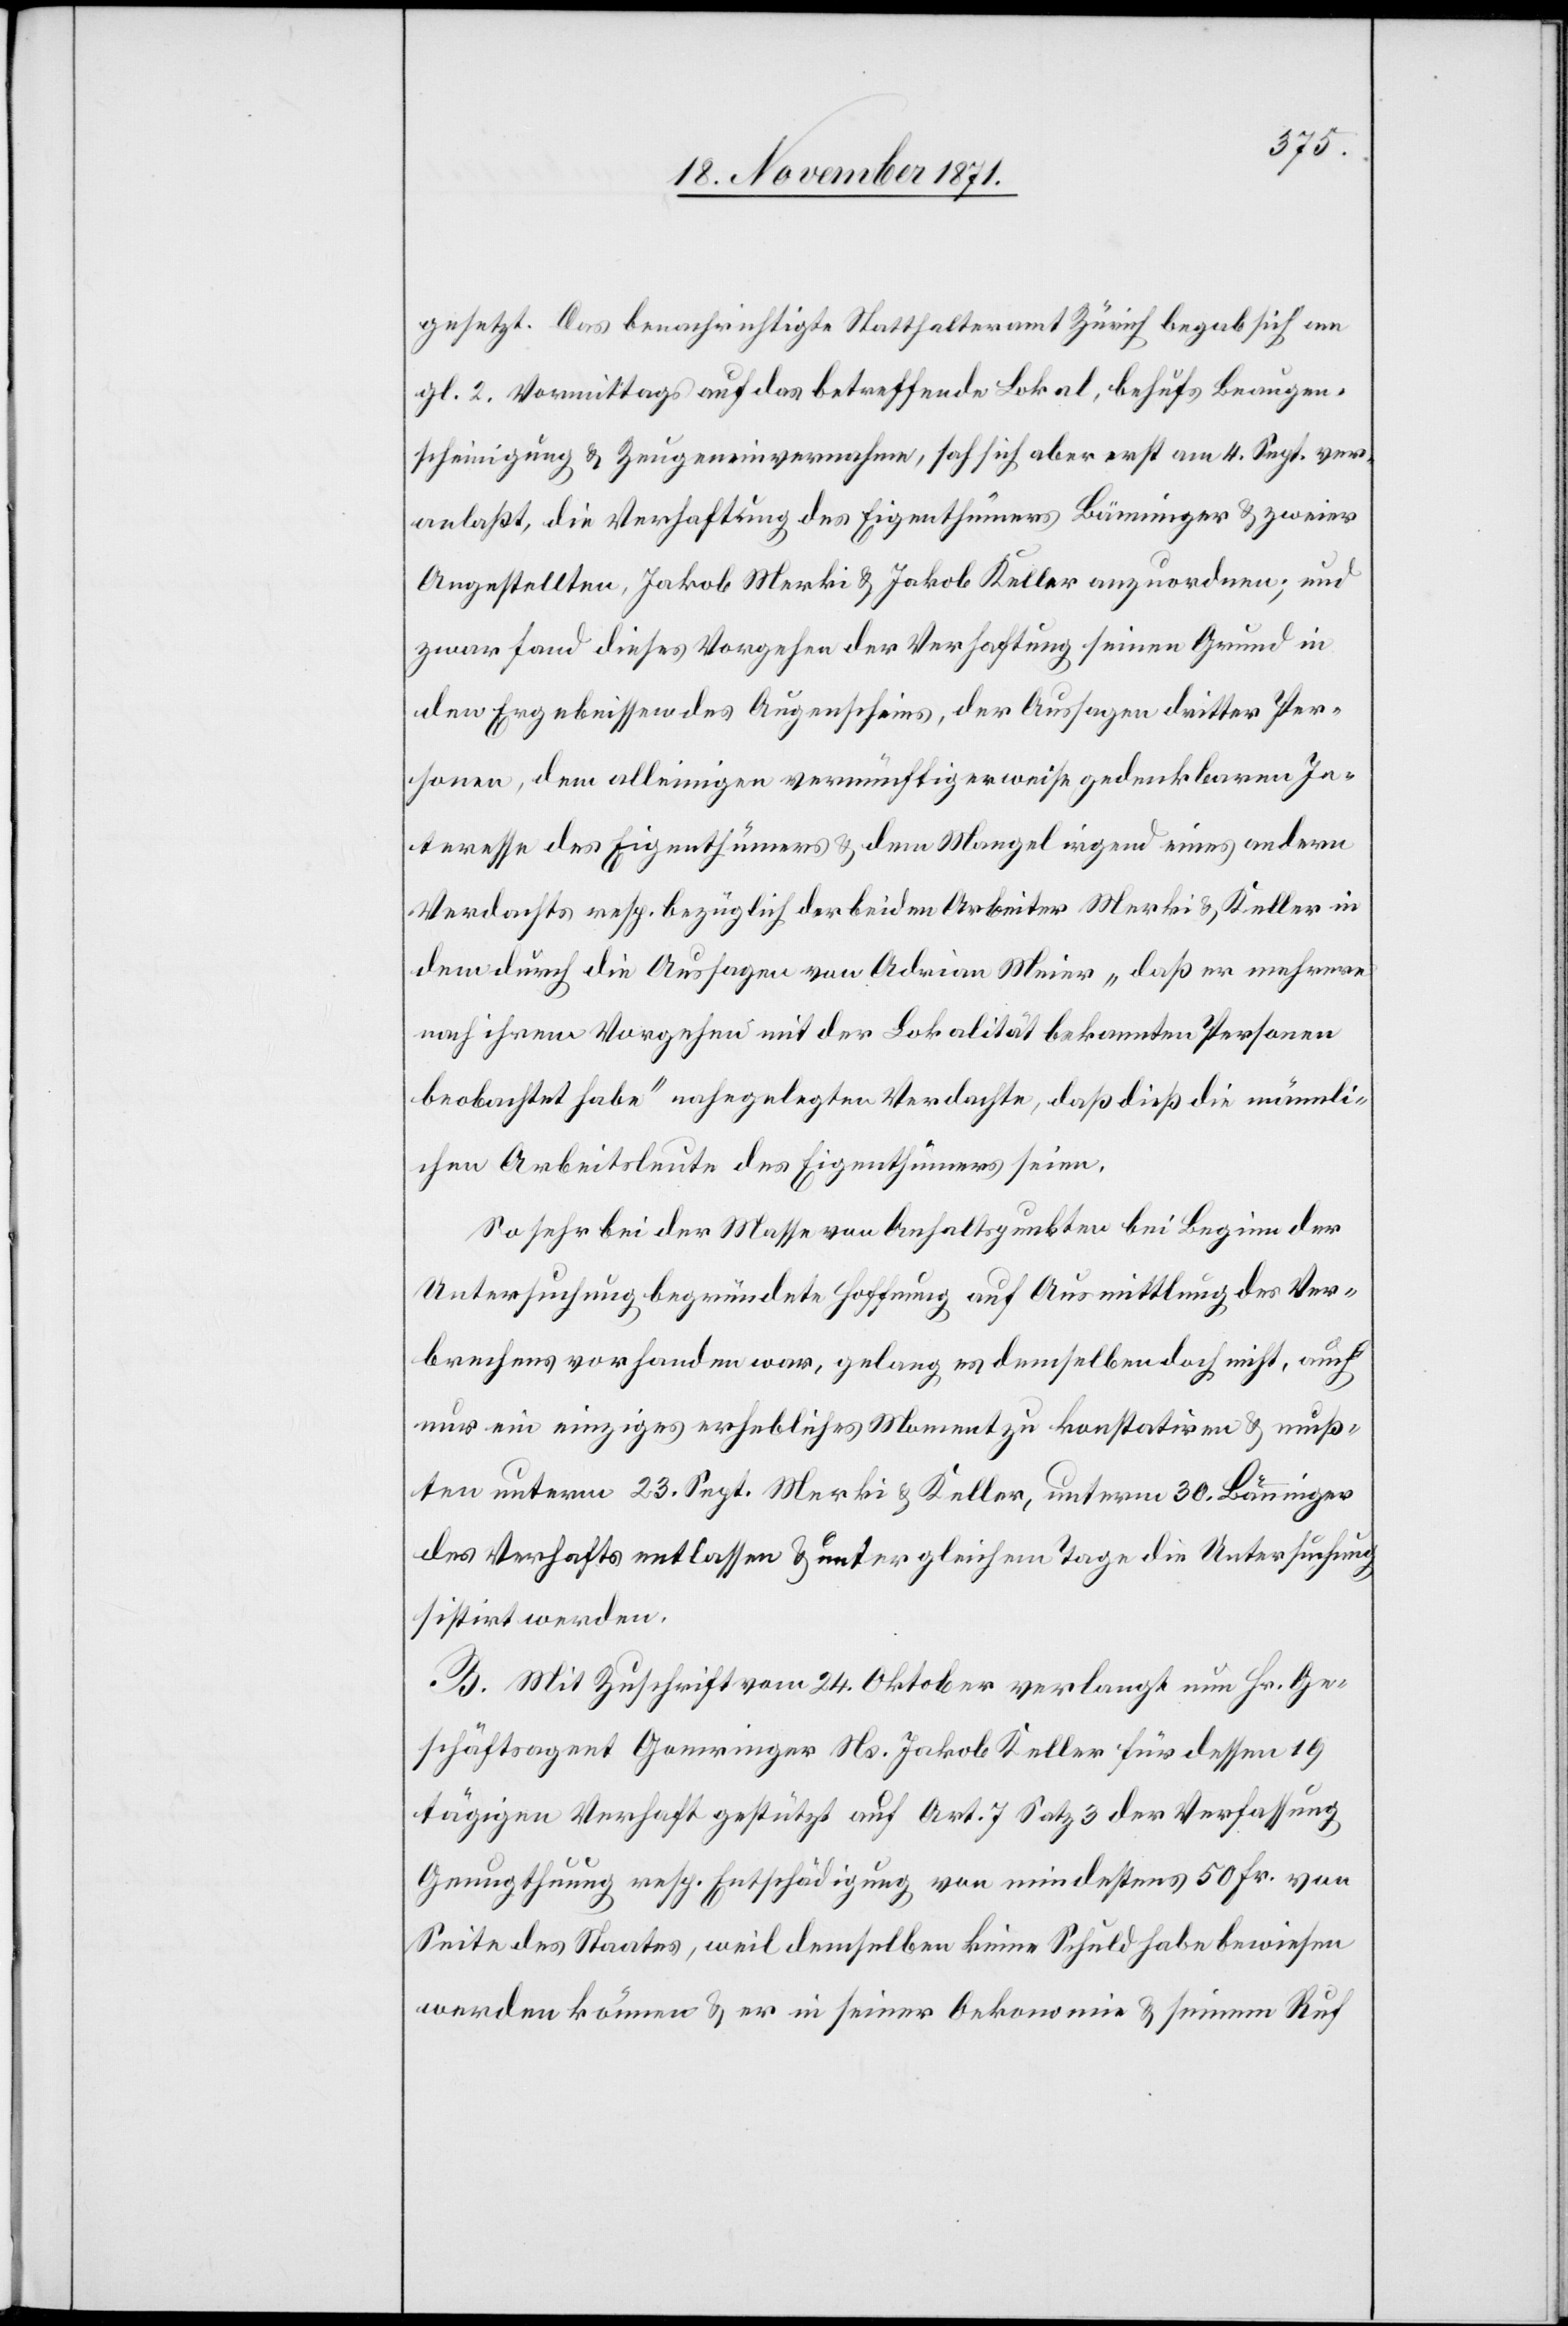
gesetzt. Das benachrichtigte Statthalteramt Zürich begab sich am
gl. 2. vormittags auf das betreffende Lokal, behufs Beaugen¬
scheinigung & Zeugeneinvernahme, sah sich aber erst am 4. Sept. ver¬
anlaßt, die Verhaftung des Eigenthümers Bänninger & zweier
Angestellter, Jakob Merki & Jakob Keller anzuordnen; und
zwar fand dieses Vorgehen der Verhaftung seinen Grund in
dem Ergebnisse des Augenscheins, der Aussagen dritter Per¬
sonen, dem alleinigen vernünftigerweise gedenkbaren In¬
teresse des Eigenthümers & dem Mangel irgend eines andern
Verdachts resp. bezüglich der beiden Arbeiter Merki & Keller in
dem durch die Aussagen von Adrian Meier „daß er mehrere
nach ihrem Vorgehen mit der Lokalität bekannten Personen
beobachtet habe“ nahegelegten Verdachte, daß dieß die männli¬
chen Arbeitsleute des Eigenthümers seien.
So sehr bei der Masse von Anhaltspunkten bei Beginn der
Untersuchung begründete Hoffnung auf Ausmittlung des Ver¬
brechens vorhanden war, gelang es demselben doch nicht, auch
nur ein einziges erhebliches Moment zu konstatiren & muss¬
ten unterm 23. Sept. Merki & Keller, unterm 30. Bänninger
des Verhafts entlassen & unter gleichem Tage die Untersuchung
sistirt werden.
B. Mit Zuschrift vom 24. Oktober verlangt nun Hr. Ge¬
schäftsagent Gomringer Ns. Jakob Keller für dessen 19
tägigen Verhaft gestützt auf Art. 7 Satz 3 der Verfassung
Genugthuung resp. Entschädigung von mindestens 50 Fr. von
Seite des Staates, weil demselben keine Schuld habe bewiesen
werden können & er in seiner Oekonomie & seinem Ruf